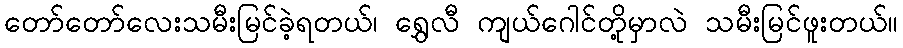
တော်တော်လေးသမီးမြင်ခဲ့ရတယ်၊ ရွှေလီ ကျယ်ဂေါင်တို့မှာလဲ သမီးမြင်ဖူးတယ်။